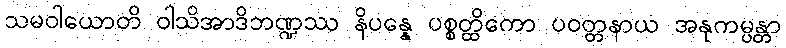
သမဝါယောတိ ဝါသိအာဒိဘဏ္ဍဿ နိပန္နေ ပစ္စတ္ထိကော ပဝတ္တနာယ အနုကမ္ပန္တာ